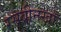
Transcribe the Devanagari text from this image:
रसबीनखाँ